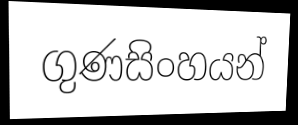
ගුණසිංහයන්